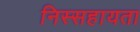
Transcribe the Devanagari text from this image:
निस्सहायता